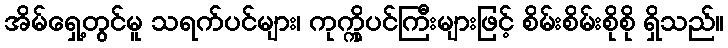
အိမ်ရှေ့တွင်မူ သရက်ပင်များ၊ ကုက္ကိုပင်ကြီးများဖြင့် စိမ်းစိမ်းစိုစို ရှိသည်။